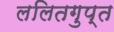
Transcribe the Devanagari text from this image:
ललितगुप्त